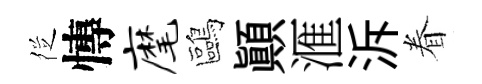
徔慱麾鷗顚滙泝眷